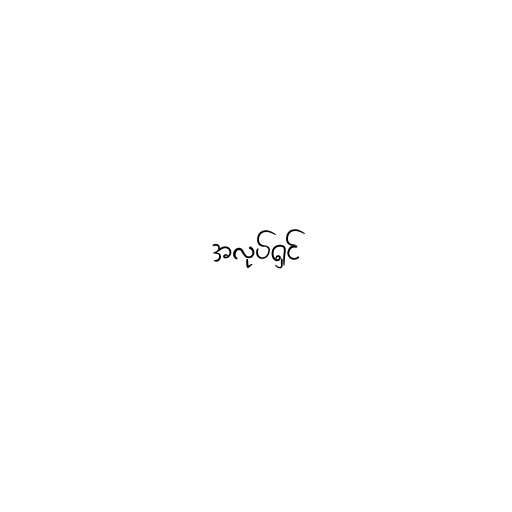
အလုပ်ရှင်